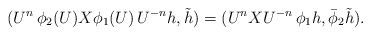
LaTeX: \begin{align*}(U^n\,\phi_2(U)X\phi_1(U)\,U^{-n}h, \tilde h)=(U^nX U^{-n}\, \phi_1 h, \bar\phi_2 \tilde h).\end{align*}